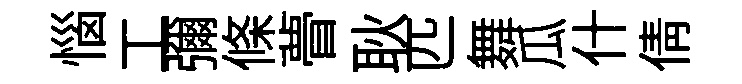
惱工彌條瞢耿匹舞瓜什倩